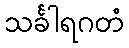
သင်္ခါရဂတံ